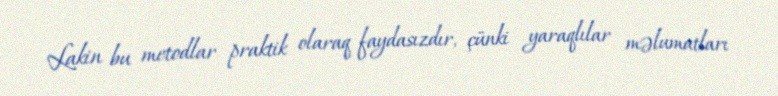
Lakin bu metodlar praktik olaraq faydasızdır, çünki yaraqlılar məlumatları